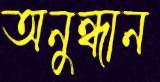
অনুন্ধান